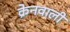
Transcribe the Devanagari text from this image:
क्रेनवाली